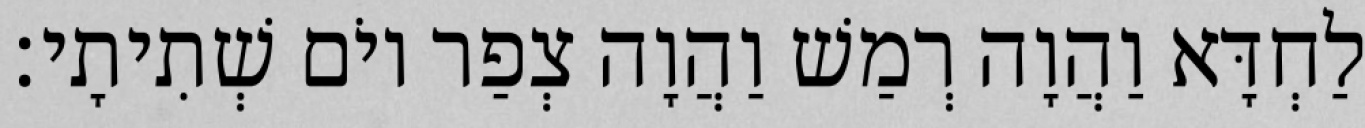
לַחְדָּא וַהֲוָה רְמַשׁ וַהֲוָה צְפַר יוֹם שְׁתִיתָי׃